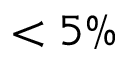
< 5 \%